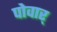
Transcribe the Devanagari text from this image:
पोवार्